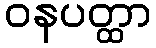
ဝနပတ္ထာ